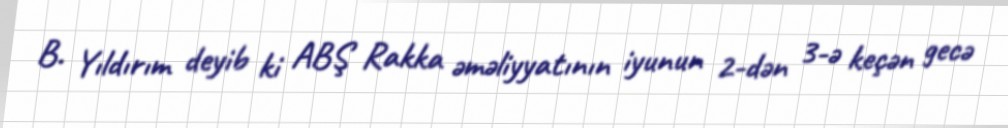
B. Yıldırım deyib ki ABŞ Rakka əməliyyatının iyunun 2-dən 3-ə keçən gecə